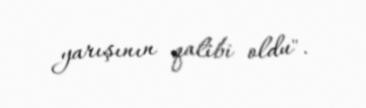
yarışının qalibi oldu".